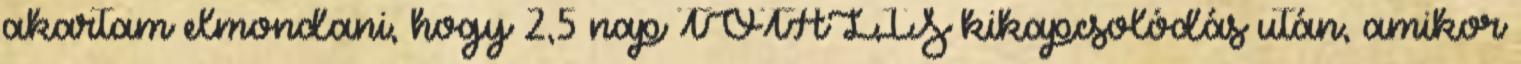
akartam elmondani, hogy 2,5 nap TOTÁLIS kikapcsolódás után, amikor